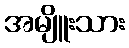
အမျိူးသား